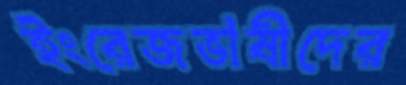
ইংরেজভাষীদের